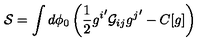
{ \cal S } = \int d \phi _ { 0 } \left( \frac { 1 } { 2 } { g ^ { i } } ^ { \prime } { \cal G } _ { i j } { g ^ { j } } ^ { \prime } - C [ g ] \right)